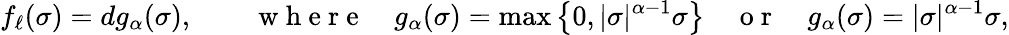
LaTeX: f_{\ell}(\sigma)=dg_{\alpha}(\sigma),\qquad\mathrm{~w~h~e~r~e~}\quad g_{\alpha}(\sigma)=\operatorname*{max}\big\{ 0,|\sigma|^{\alpha-1}\sigma\big\} \quad\mathrm{~o~r~}\quad g_{\alpha}(\sigma)=|\sigma|^{\alpha-1}\sigma,